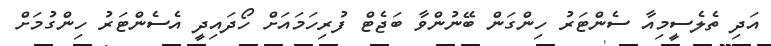
އަދި ތެލެސީމިއާ ސެންޓަރު ހިންގަން ބޭނުންވާ ބަޖެޓް ފުރިހަމައަށް ހޯދައިދީ އެސެންޓަރު ހިންގުމަށް